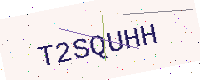
Text: T2SQUHH